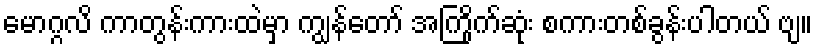
မောဂ္ဂလိ ကာတွန်းကားထဲမှာ ကျွန်တော် အကြိုက်ဆုံး စကားတစ်ခွန်းပါတယ် ဗျ။